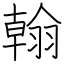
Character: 翰